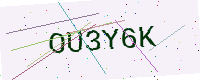
Text: OU3Y6K